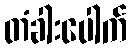
တံခါးပေါက်